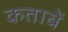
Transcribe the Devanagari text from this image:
कताबें